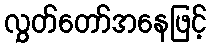
လွှတ်တော်အနေဖြင့်